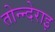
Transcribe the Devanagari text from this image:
तोन्न्देराइ